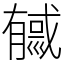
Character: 㦽